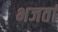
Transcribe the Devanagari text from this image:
भजतां